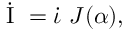
\begin{array} { r } { \dot { \mathrm { ~ I ~ } } = \dot { \iota } \ J ( \alpha ) , } \end{array}